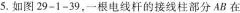
5.如图29-1-39，一根电线杆的接线柱部分AB在